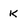
Character: K